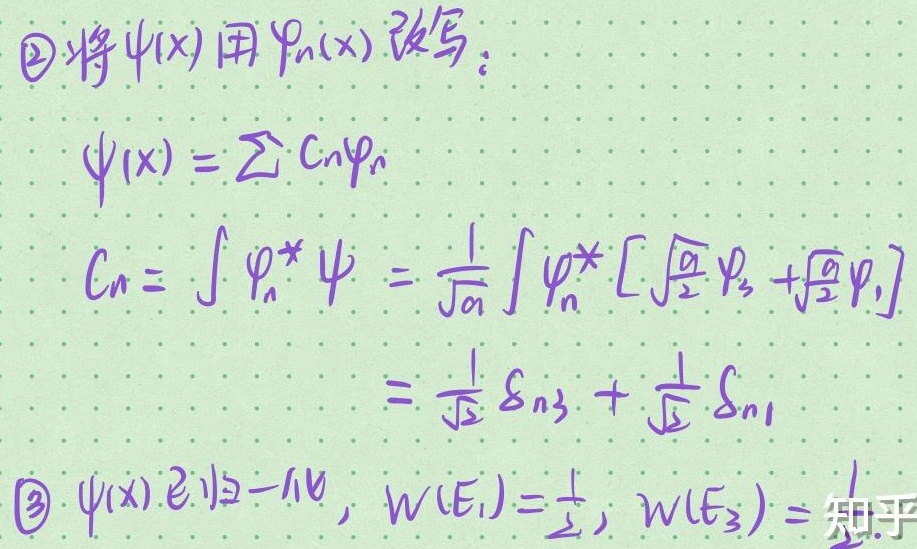
\textcircled{2}将\(\psi(x)\)用\(\varphi_{n}(x)\)改写：
\[
\begin{align*}
\psi(x)&=\sum C_{n}\varphi_{n}\\
C_{n}&=\int \varphi_{n}^{*} \psi=\frac{1}{\sqrt{a}}\int \varphi_{n}^{*}\left[\sqrt{\frac{a}{2}}\varphi_{3}+\sqrt{\frac{a}{2}}\varphi_{1}\right]\\
&=\frac{1}{\sqrt{2}}\delta_{n3}+\frac{1}{\sqrt{2}}\delta_{n1}
\end{align*}
\]
\textcircled{3}\(\psi(x)\)已归一化，\(W(E_{1})=\frac{1}{2}\)，\(W(E_{3}) =\)知乎。